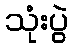
သုံးပွဲ